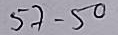
57 - 50